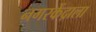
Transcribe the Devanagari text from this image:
नगरकेंद्राला